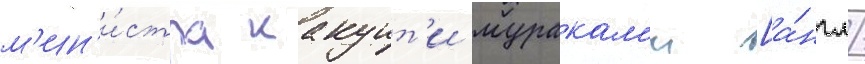
м'ин'и́стра какуит'и муракам'и [а́нгл.